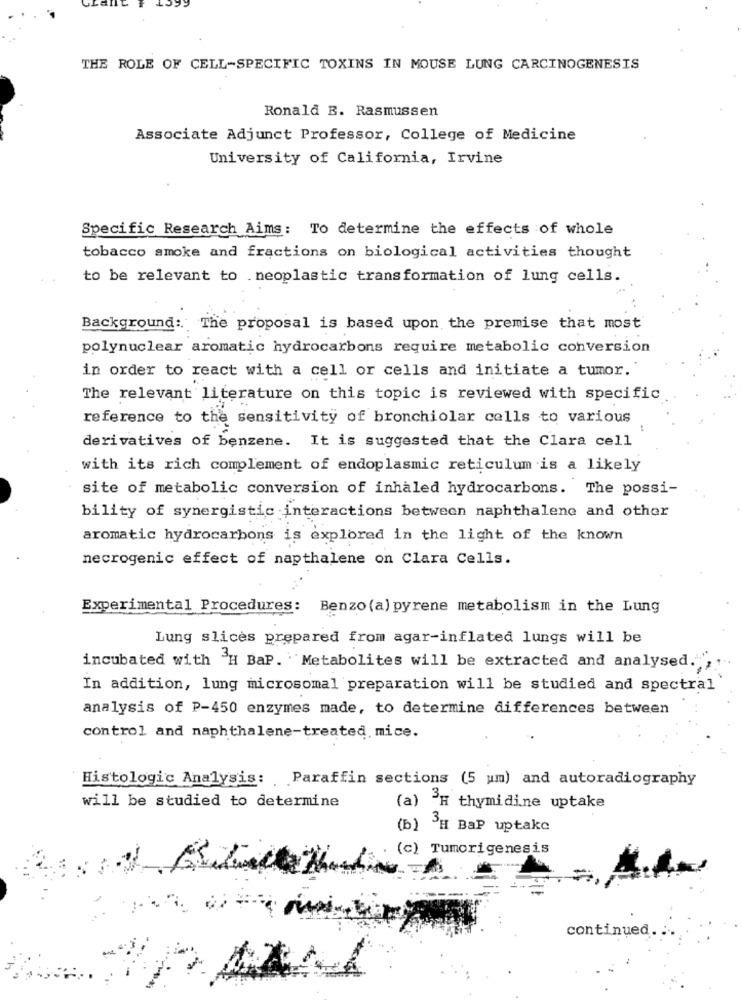
THE ROLE OF CELL-SPECIFIC TOXINS IN MOUSE LUNG CARCINOGENESIS
Ronald B. Rasmussen
Associate Adjunct Professor, College of Medicine
University of California, Irvine
Specific Research Aims: To determine the effects of whole
tobacco smoke and fractions on biological activities thought
to be relevant to .neoplastic transformation of lung cells.
Background: The proposal is based upon the premise that most
polynuclear aromatic hydrocarbons require metabolic conversion
in order to react with a cell or cells and initiate a tumor.
The relevant literature on this topic is reviewed with specific
reference to the sensitivity of bronchiolar cells to various
derivatives of benzene. It is suggested that the Clara cell
with its rich complement of endoplasmic reticulum is a likely
site of metabolic conversion of inhaled hydrocarbons. The possi-
bility of synergistic interactions between naphthalene and other
aromatic hydrocarbons is explored in the light of the known
necrogenic effect of napthalene on Clara Cells.
Experimental Procedures: Benzo (a) pyrene metabolism in the Lung
Lung slices prepared from agar-inflated lungs will be
incubated with "H BaP. Metabolites will be extracted and analysed."
In addition, lung microsomal preparation will be studied and spectral
analysis of P-450 enzymes made, to determine differences between
control and naphthalene-treated. mice.
Histologic Analysis: Paraffin sections (5 um) and autoradiography
will be studied to determine
(a) H thymidine uptake
(b) SH Bap uptake
(c) Tumorigenesis
continued.